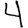
Digit: 4